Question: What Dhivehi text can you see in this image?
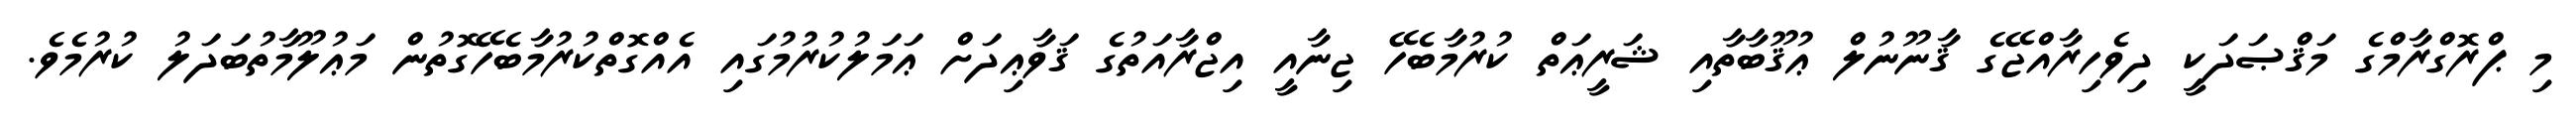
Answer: މި ޕްރޮގްރާމްގެ މަޤްޞަދަކީ ދިވެހިރާއްޖޭގެ ޤާނޫނުލް ޢުޤޫބާތާއި ޝަރީޢަތް ކުރުމާބެހޭ ޖިނާއީ އިޖްރާއަތުގެ ޤަވާޢިދަށް ޢަމަލުކުރުމުގައި އެއްގޮތްކުރުމާބެހޭގޮތުން މަޢުލޫމާތުބަދަލު ކުރުމެވެ.